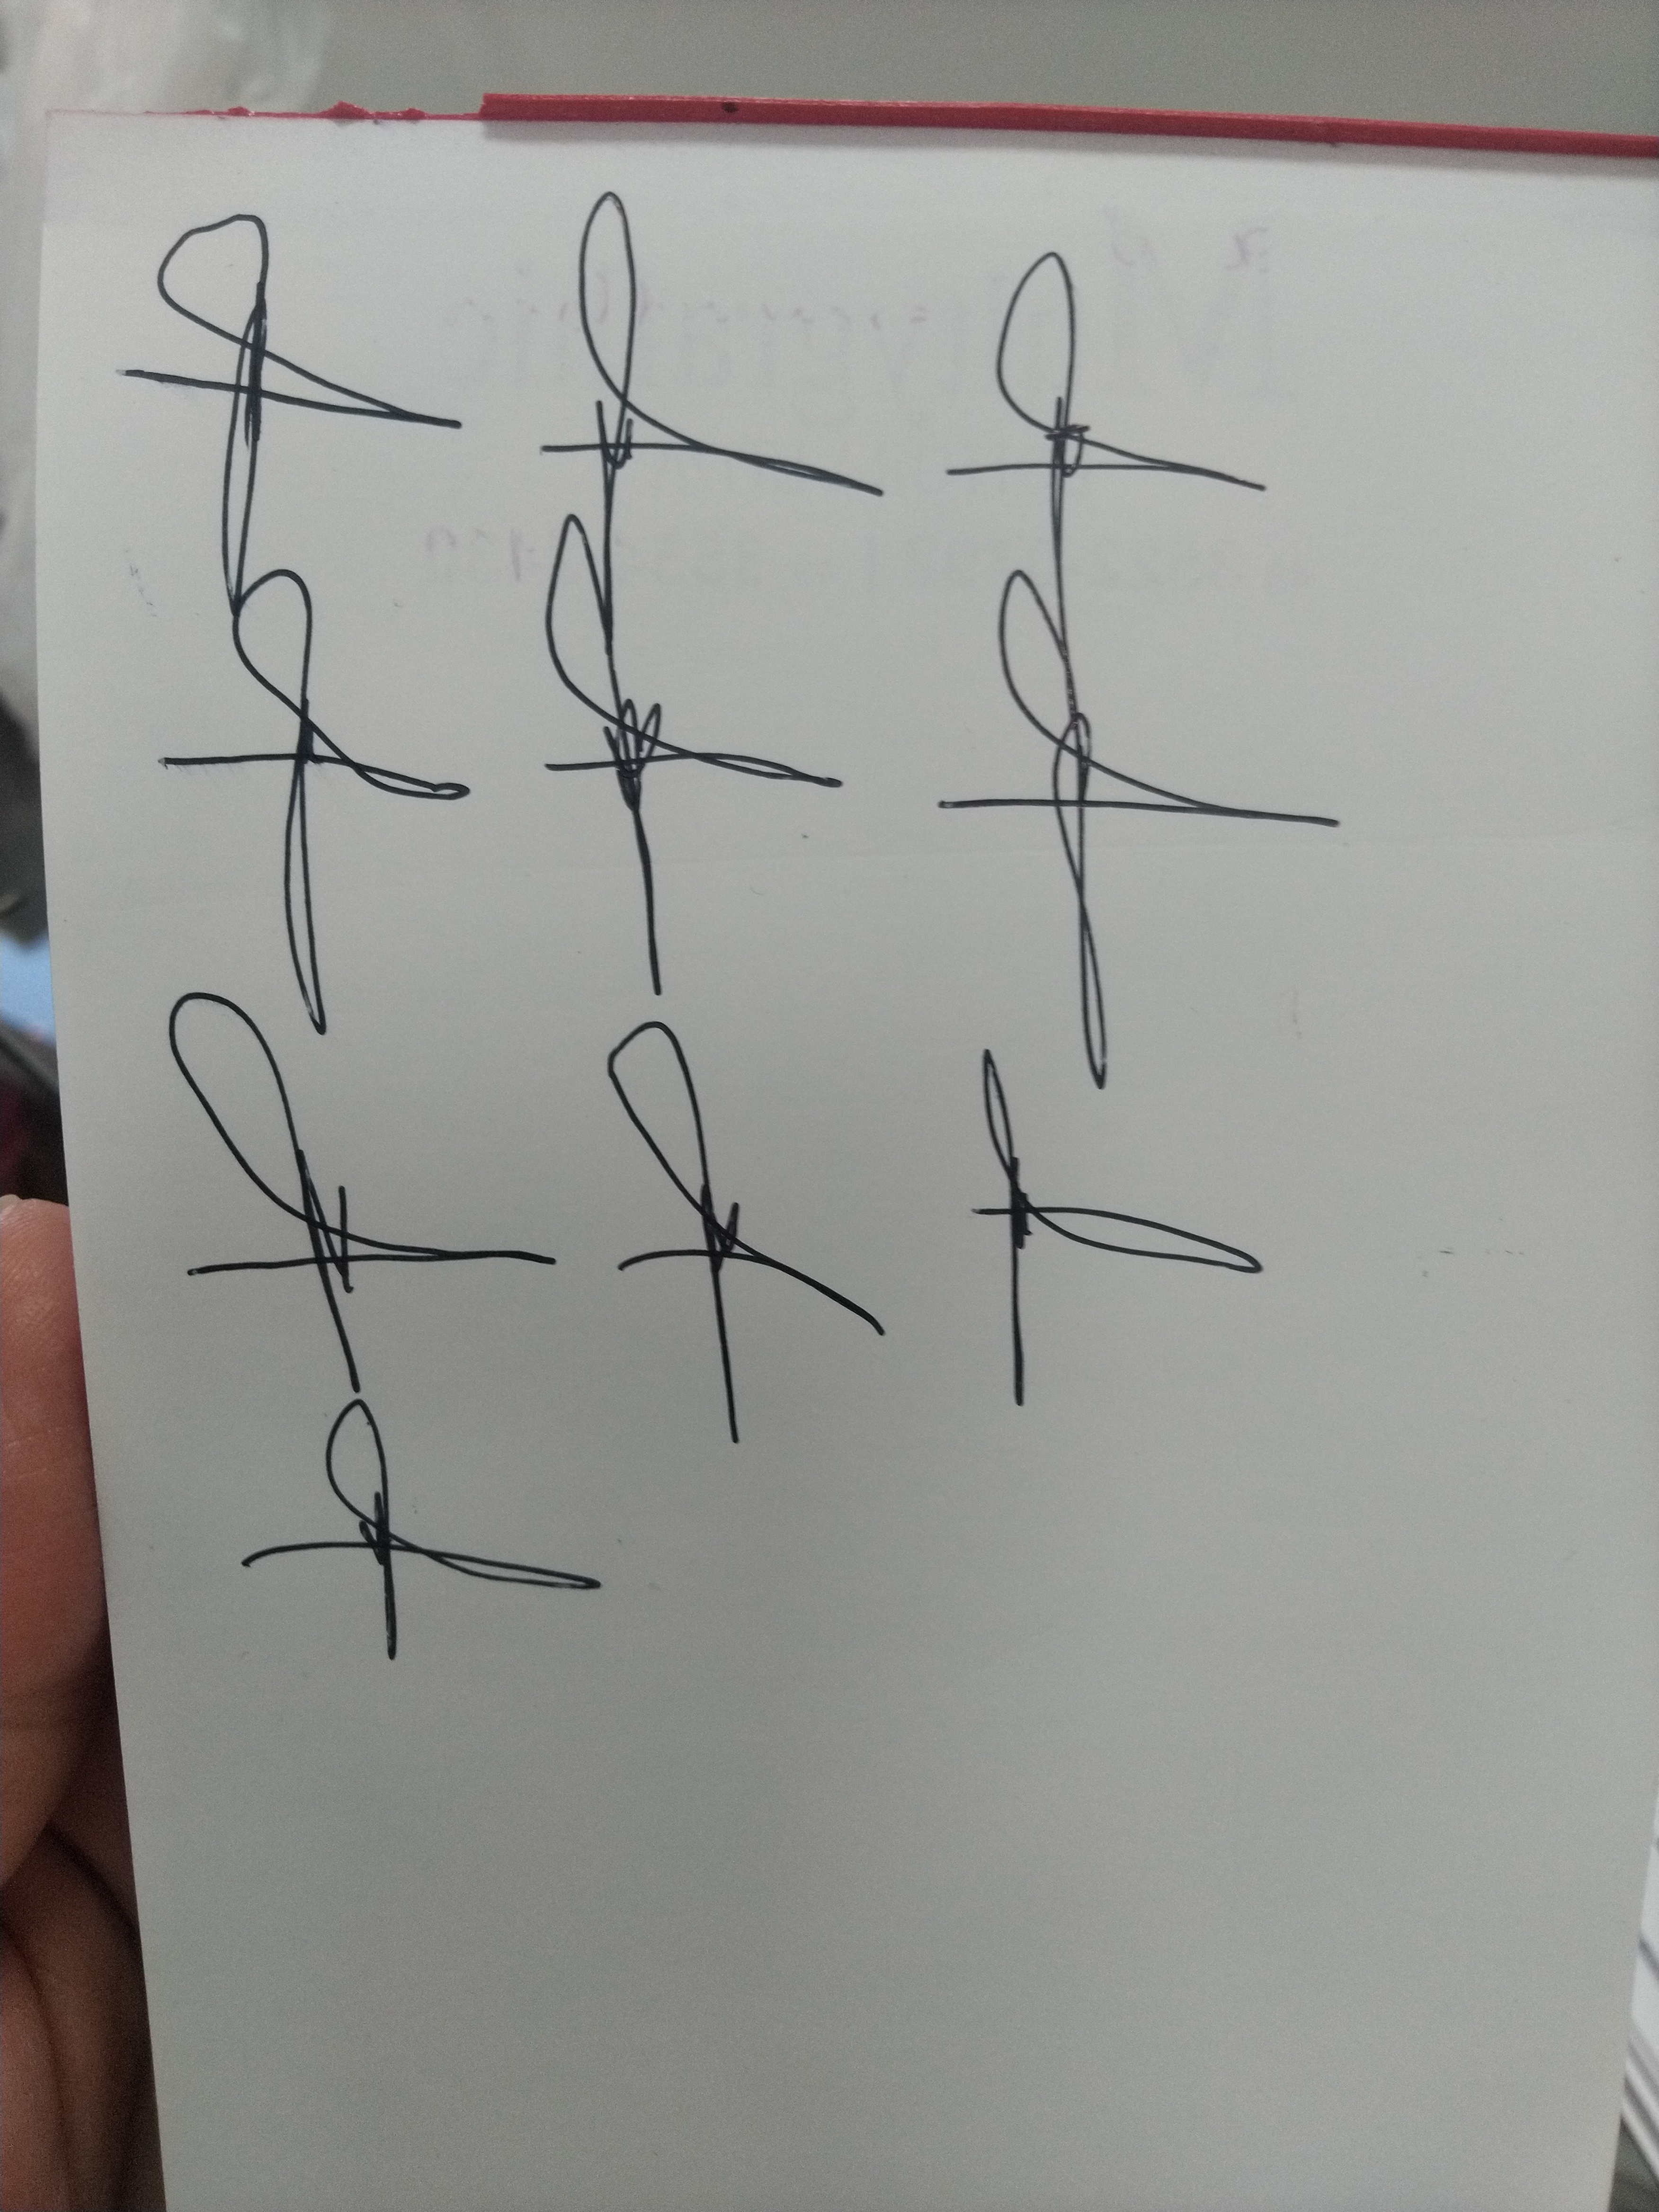
Signature authenticity: forged